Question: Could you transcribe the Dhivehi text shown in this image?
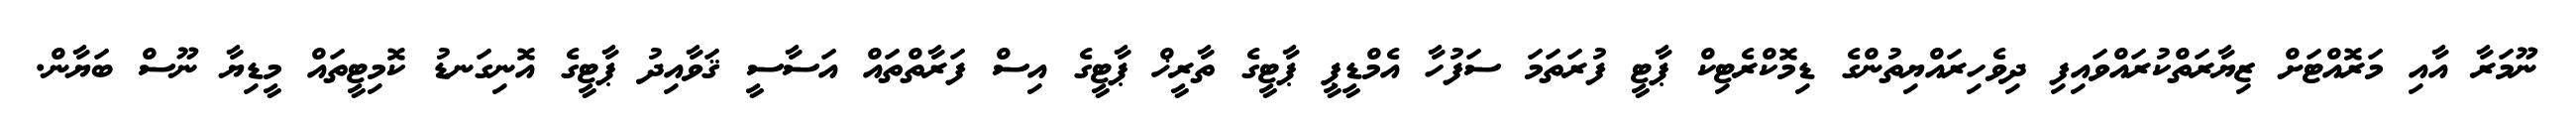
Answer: ނޫމަރާ އާއި މަރޮއްޓަށް ޒިޔާރަތްކުރައްވައިފި ދިވެހިރައްޔިތުންގެ ޑިމޮކްރެޓިކް ޕާޓީ ފުރަތަމަ ސަފުހާ އެމްޑީޕީ ޕާޓީގެ ތާރީޚް ޕާޓީގެ އިސް ފަރާތްތައް އަސާސީ ޤަވާއިދު ޕާޓީގެ އޮނިގަނޑު ކޮމިޓީތައް މީޑިޔާ ނޫސް ބަޔާން.